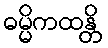
ဓမ္မိကထန္တိ